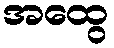
အထွေ